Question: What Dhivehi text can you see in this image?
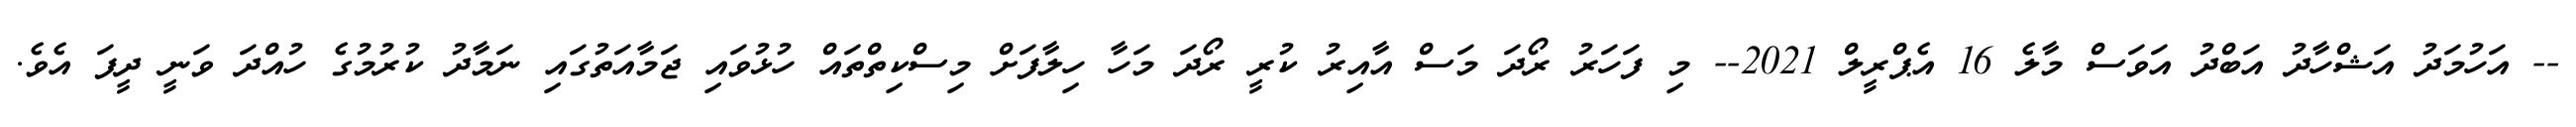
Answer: -- އަހުމަދު އަޝްހާދު އަބްދު އަވަސް މާލެ 16 އެޕްރީލް 2021-- މި ފަހަރު ރޯދަ މަސް އާއިރު ކުރީ ރޯދަ މަހާ ހިލާފަށް މިސްކިތްތައް ހުޅުވައި ޖަމާއަތުގައި ނަމާދު ކުރުމުގެ ހުއްދަ ވަނީ ދީފަ އެވެ.